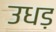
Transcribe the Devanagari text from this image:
उधड़